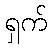
ရှက်